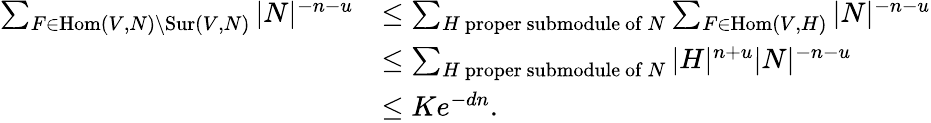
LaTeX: \begin{array}{rl}{\sum_{F\in\mathrm{Hom}(V,N)\setminus\mathrm{Sur}(V,N)}|N|^{-n-u}}&{\leq\sum_{H\mathrm{~proper~submodule~of~}N}\sum_{F\in\mathrm{Hom}(V,H)}|N|^{-n-u}}\\ &{\leq\sum_{H\mathrm{~proper~submodule~of~}N}|H|^{n+u}|N|^{-n-u}}\\ &{\leq Ke^{-dn}.}\end{array}